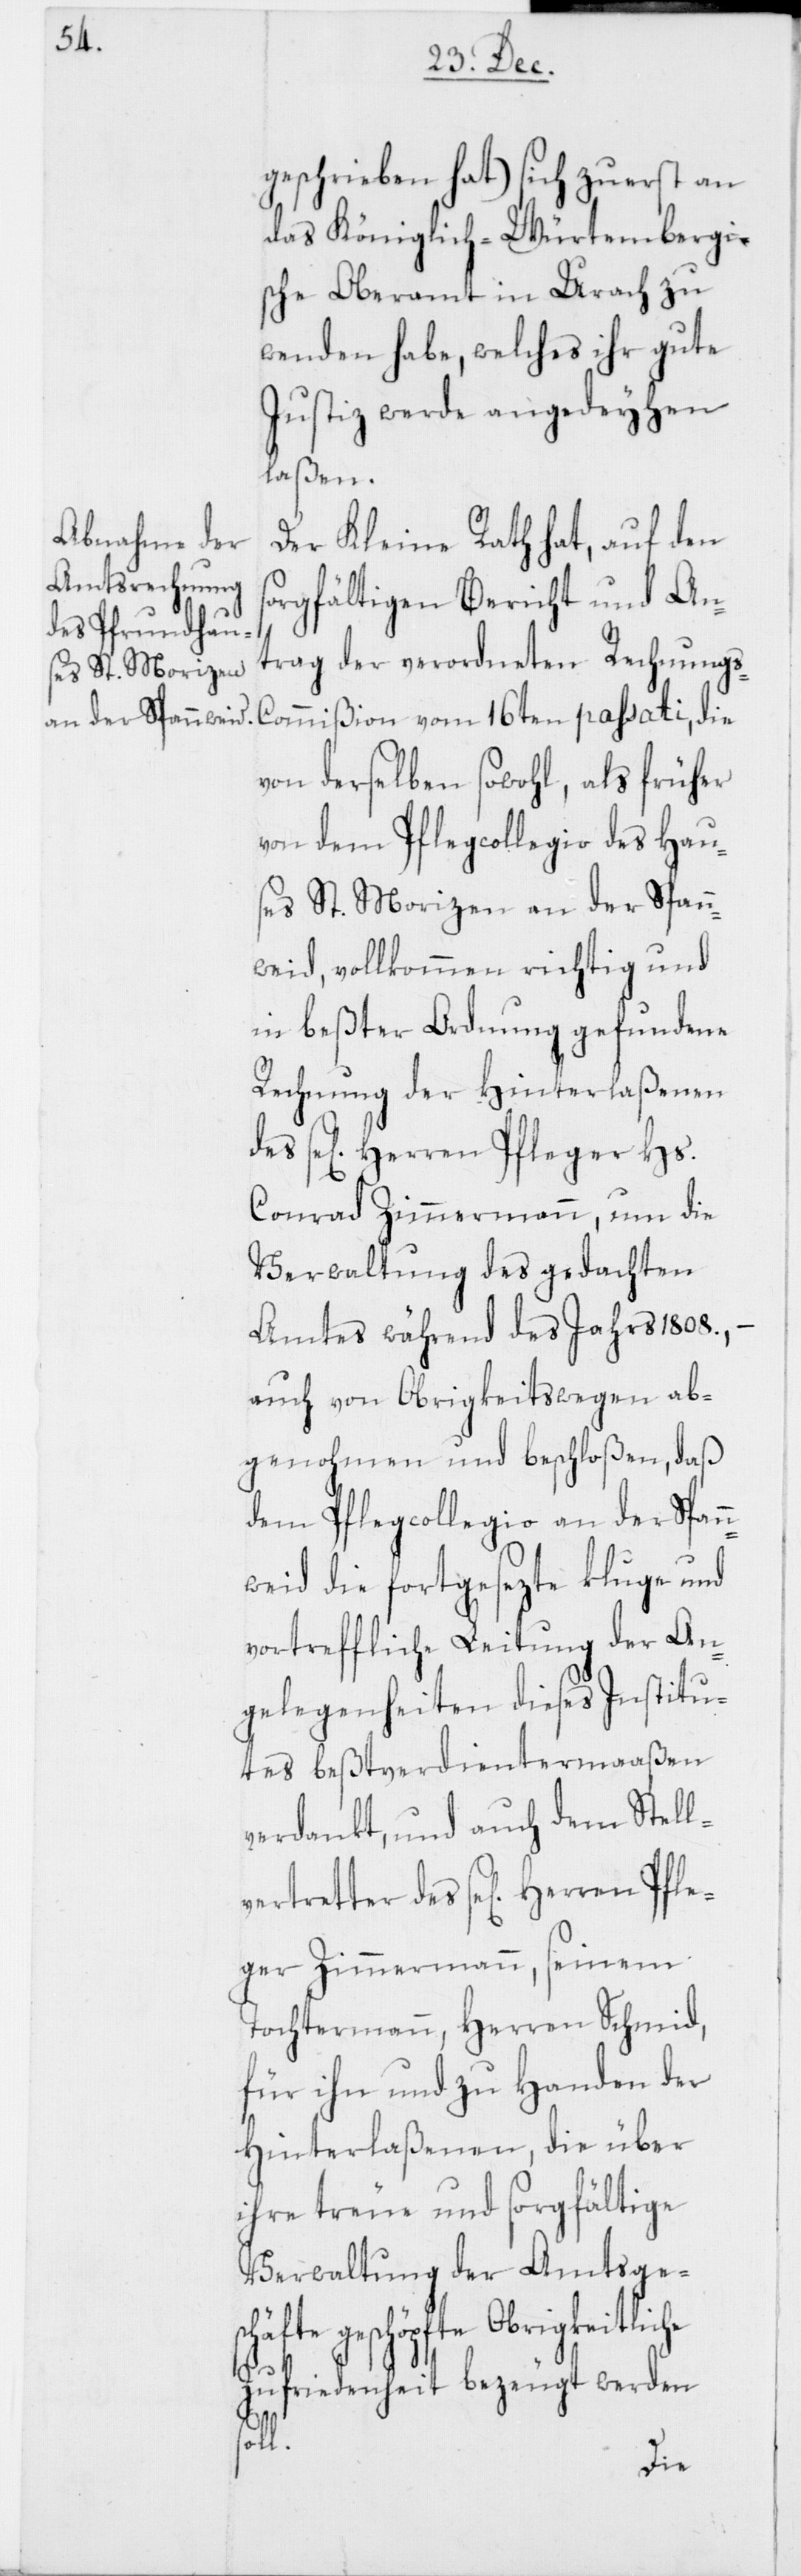
geschrieben hat) sich zuerst an
das Königlich-Würtembergi¬
sche Oberamt in Urach zu
wenden habe, welches ihr gute
Justiz werde angedeyhen
laßen.
Der Kleine Rath hat, auf den
sorgfältigen Bericht und An¬
trag der verordneten Rechnung¬
von derselben sowohl, als früher
von dem Pflegcollegio des Hau¬
ses St. Morizen an der Spann¬
weid, vollkommen richtig und
in beßter Ordnung gefundene
Rechnung der Hinterlaßenen
se[ligen] Herren Pfleger Hs.
Conrad Zimmermann, um die
Verwaltung des gedachten
Amtes während des Jahrs 1808., –
auch von Obrigkeitswegen ab¬
genohmen und beschloßen, daß
dem Pflegcollegio an der Span¬
nweid die fortgesezte kluge und
vortreffliche Leitung der An¬
gelegenheiten dieses Institu¬
tes beßtverdientermaaßen
verdankt, und auch dem Stell¬
ger Zimmermann, seinem
Tochtermann, Herren Schmid,
für ihn und zu Handen der
Hinterlaßenen, die über
ihre treue und sorgfältige
Verwaltung der Amtsge¬
höpfte Obrigkeit¬
Zufriedenheit bezeugt werden
ll.
die